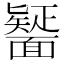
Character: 𮧒